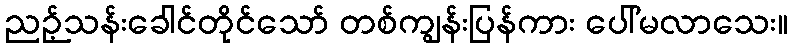
ညဉ့်သန်းခေါင်တိုင်သော် တစ်ကျွန်းပြန်ကား ပေါ်မလာသေး။